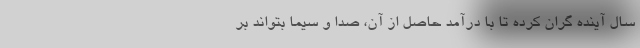
سال آینده گران کرده تا با درآمد حاصل از آن، صدا و سیما بتواند بر